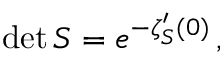
\operatorname* { d e t } S = e ^ { - \zeta _ { S } ^ { \prime } ( 0 ) } \, ,